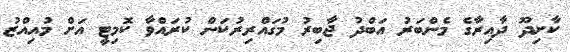
ކާށިދޫ ދާއިރާގެ މެންބަރު އަބްދު ޖާބިރު މުގައްރިރުކަން ކުރައްވާ ކޮމިޓީ އަށް މުއިއްޒު